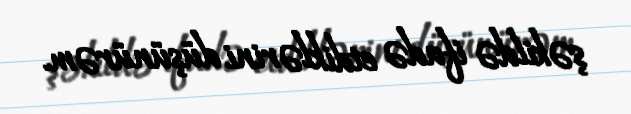
şəkildə ifadə etdiklərini düşünürəm.